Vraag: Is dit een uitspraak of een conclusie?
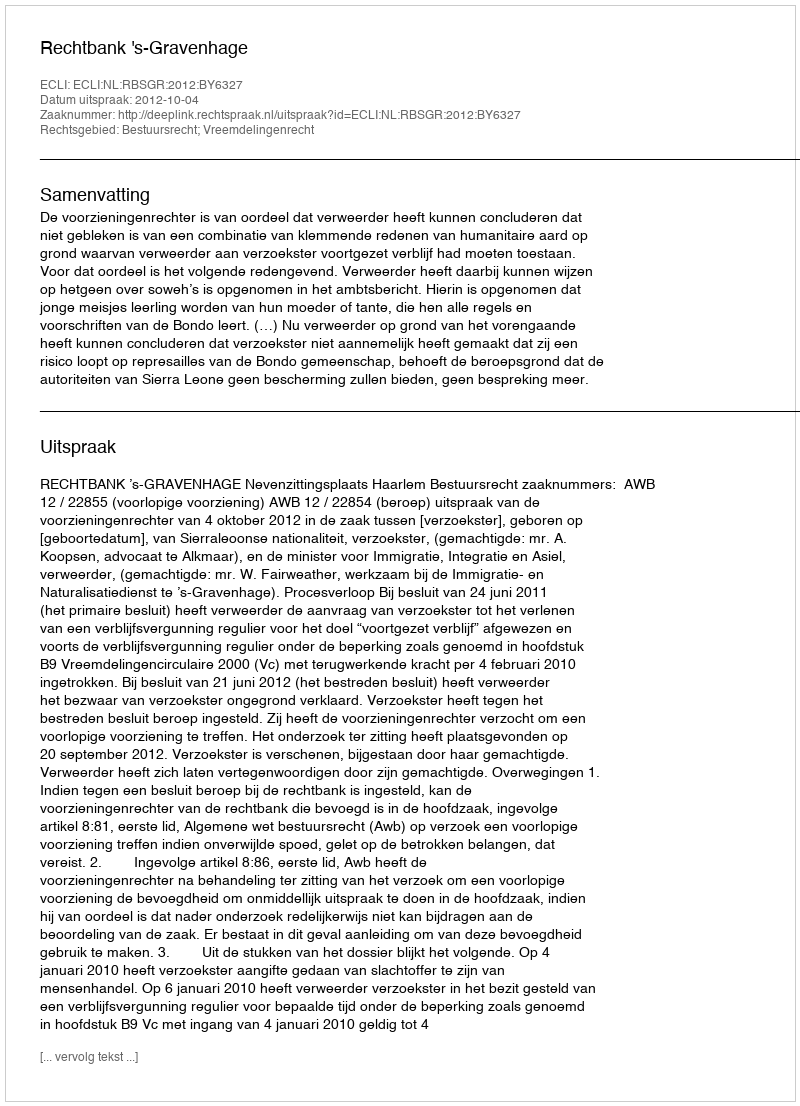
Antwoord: Uitspraak